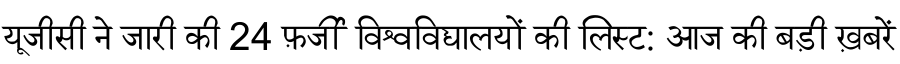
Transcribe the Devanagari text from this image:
यूजीसी ने जारी की 24 फ़र्जी विश्वविद्यालयों की लिस्ट: आज की बड़ी ख़बरें